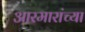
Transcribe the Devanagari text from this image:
आरमारांच्या